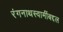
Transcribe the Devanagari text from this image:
रंगनाथस्वामींबद्दल